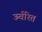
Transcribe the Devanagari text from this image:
ऊर्वरित